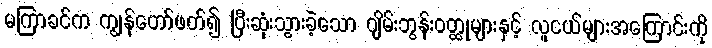
မကြာခင်က ကျွန်တော်ဖတ်၍ ပြီးဆုံးသွားခဲ့သော ဂျိမ်းဘွန်းဝတ္ထုများနှင့် လူငယ်များအကြောင်းကို